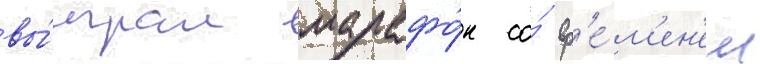
вы́играл марафо́н со́ вр'е́м'ен'ем